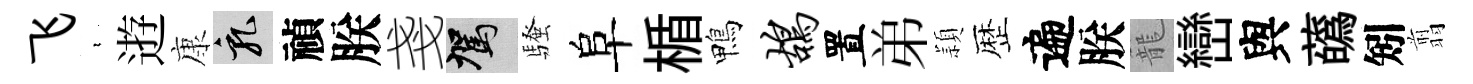
飞裊逰康乳禎朕戔駕騷阜楯鴨鸪置弟頴歴遍朕籠巒與蘤矧翦